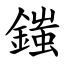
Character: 䥀